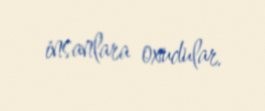
insanlara oxudular.